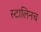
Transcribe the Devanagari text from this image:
स्टालिनच